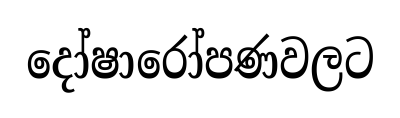
දෝෂාරෝපණවලට